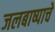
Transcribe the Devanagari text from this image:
जलबाष्पाचे